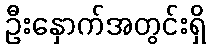
ဦးနှောက်အတွင်းရှိ